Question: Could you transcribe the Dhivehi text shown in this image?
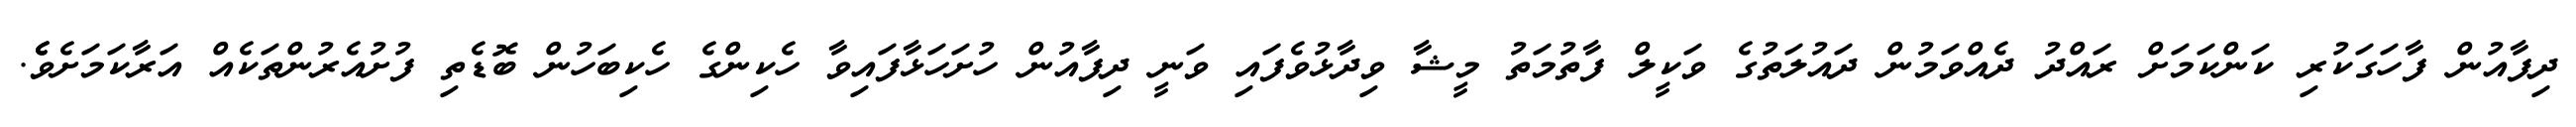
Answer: ދިފާއުން ފާހަގަކުރި ކަންކަމަށް ރައްދު ދެއްވަމުން ދައުލަތުގެ ވަކީލް ފާތުމަތު މީޝާ ވިދާޅުވެފައި ވަނީ ދިފާއުން ހުށަހަޅާފައިވާ ހެކިންގެ ހެކިބަހުން ބޮޑެތި ފުށުއެރުންތަކެއް އަރާކަމަށެވެެ.